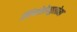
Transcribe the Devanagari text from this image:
लिंफोग्रेन्युलोमा